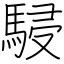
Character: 駸